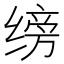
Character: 𫄰